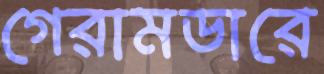
গেরামডারে